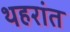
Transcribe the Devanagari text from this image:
थहरांत